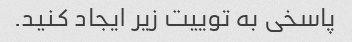
پاسخی به توییت زیر ایجاد کنید.